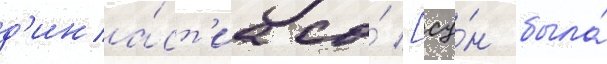
д'ина́ст'иа со́ [су́н была́